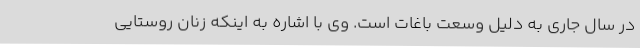
در سال جاری به دلیل وسعت باغات است. وی با اشاره به اینکه زنان روستایی